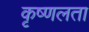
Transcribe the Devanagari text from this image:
कृष्णलता